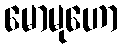
မောမုဟော